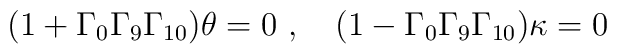
(1+\Gamma_{0} \Gamma_{9} \Gamma_{10})\theta =0 \ , \quad (1-\Gamma_{0} \Gamma_{9} \Gamma_{10})\kappa =0